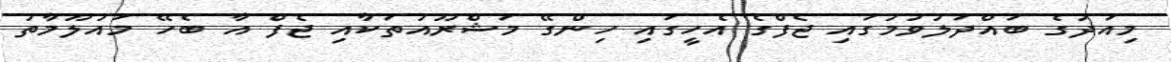
މިއަދުގެ ބައްދަލުވުމުގައި ޖެފްގެ އެހީގައި ހިންގޭ މަޝްރޫއުތަކާއި ޖެފް އާ ބެހޭ މައުލޫމާތު